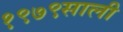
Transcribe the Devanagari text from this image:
१९७९साली